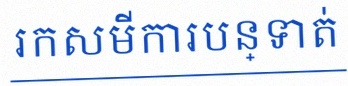
រកសមីការបន្ទាត់